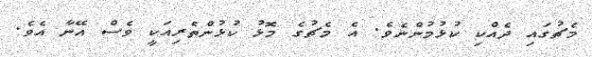
މެޗުގައި ދެއްކި ކުޅުމުންނެވެ. އެ މެޗުގެ މޮޅު ކުޅުންތެރިއަކީ ވެސް އޭނާ އެވެ.